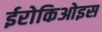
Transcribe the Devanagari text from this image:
ईरोकिओइस